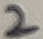
Text: 2